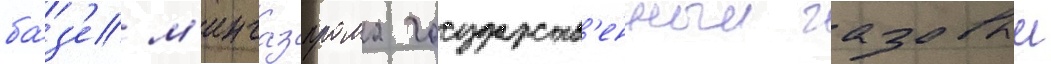
ба́з'е м'ингазпрома государств'енныи газовыи